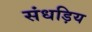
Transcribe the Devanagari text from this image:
संधड़िय